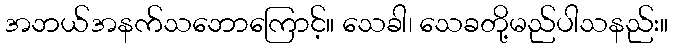
အဘယ်အနက်သဘောကြောင့်။ သေခါ၊ သေခတို့မည်ပါသနည်း။